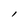
Character: l